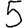
Digit: 5